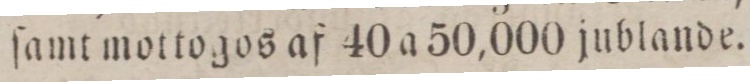
ſamt mottogos af 40 a 50,000 jublande.